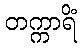
တက္ကာရိံ